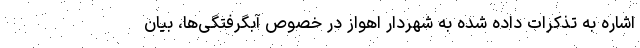
اشاره به تذکرات داده شده به شهردار اهواز در خصوص آبگرفتگی‌ها، بیان